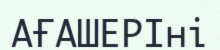
АҒАШЕРІні